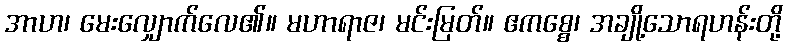
အာဟ၊ မေးလျှောက်လေ၏။ မဟာရာဇ၊ မင်းမြတ်။ ဧကစ္စေ၊ အချို့သောရဟန်းတို့